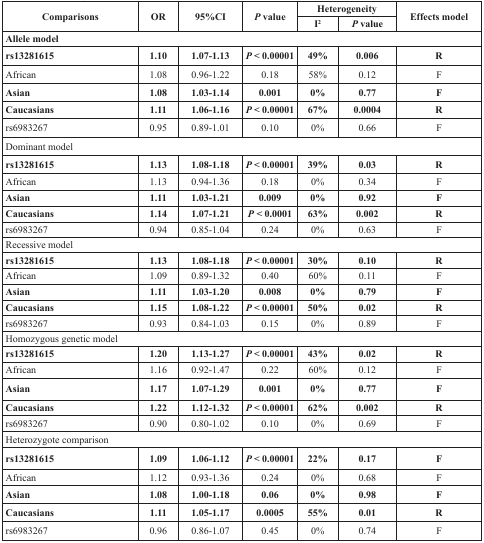
<table><thead><tr><td rowspan="2"><b>Comparisons</b></td><td rowspan="2"><b>OR</b></td><td rowspan="2"><b>95%CI</b></td><td rowspan="2"><b><i>P</i> value</b></td><td colspan="2"><b>Heterogeneity</b></td><td rowspan="2"><b>Effects model</b></td></tr><tr><td><b>I<sup>2</sup></b></td><td><b><i>P</i> value</b></td></tr></thead><tbody><tr><td colspan="7"><b>Allele model</b></td></tr><tr><td><b>rs13281615</b></td><td><b>1.10</b></td><td><b>1.07-1.13</b></td><td><b><i>P</i> &lt; 0.00001</b></td><td><b>49%</b></td><td><b>0.006</b></td><td><b>R</b></td></tr><tr><td>African</td><td>1.08</td><td>0.96-1.22</td><td>0.18</td><td>58%</td><td>0.12</td><td>F</td></tr><tr><td><b>Asian</b></td><td><b>1.08</b></td><td><b>1.03-1.14</b></td><td><b>0.001</b></td><td><b>0%</b></td><td><b>0.77</b></td><td><b>F</b></td></tr><tr><td><b>Caucasians</b></td><td><b>1.11</b></td><td><b>1.06-1.16</b></td><td><b><i>P</i> &lt; 0.00001</b></td><td><b>67%</b></td><td><b>0.0004</b></td><td><b>R</b></td></tr><tr><td>rs6983267</td><td>0.95</td><td>0.89-1.01</td><td>0.10</td><td>0%</td><td>0.66</td><td>F</td></tr><tr><td colspan="7">Dominant model</td></tr><tr><td><b>rs13281615</b></td><td><b>1.13</b></td><td><b>1.08-1.18</b></td><td><b><i>P</i> &lt; 0.00001</b></td><td><b>39%</b></td><td><b>0.03</b></td><td><b>R</b></td></tr><tr><td>African</td><td>1.13</td><td>0.94-1.36</td><td>0.18</td><td>0%</td><td>0.34</td><td>F</td></tr><tr><td><b>Asian</b></td><td><b>1.11</b></td><td><b>1.03-1.21</b></td><td><b>0.009</b></td><td><b>0%</b></td><td><b>0.92</b></td><td><b>F</b></td></tr><tr><td><b>Caucasians</b></td><td><b>1.14</b></td><td><b>1.07-1.21</b></td><td><b><i>P</i> &lt; 0.0001</b></td><td><b>63%</b></td><td><b>0.002</b></td><td><b>R</b></td></tr><tr><td>rs6983267</td><td>0.94</td><td>0.85-1.04</td><td>0.24</td><td>0%</td><td>0.63</td><td>F</td></tr><tr><td colspan="7">Recessive model</td></tr><tr><td><b>rs13281615</b></td><td><b>1.13</b></td><td><b>1.08-1.18</b></td><td><b><i>P</i> &lt; 0.00001</b></td><td><b>30%</b></td><td><b>0.10</b></td><td><b>R</b></td></tr><tr><td>African</td><td>1.09</td><td>0.89-1.32</td><td>0.40</td><td>60%</td><td>0.11</td><td>F</td></tr><tr><td><b>Asian</b></td><td><b>1.11</b></td><td><b>1.03-1.20</b></td><td><b>0.008</b></td><td><b>0%</b></td><td><b>0.79</b></td><td><b>F</b></td></tr><tr><td><b>Caucasians</b></td><td><b>1.15</b></td><td><b>1.08-1.22</b></td><td><b><i>P</i> &lt; 0.00001</b></td><td><b>50%</b></td><td><b>0.02</b></td><td><b>R</b></td></tr><tr><td>rs6983267</td><td>0.93</td><td>0.84-1.03</td><td>0.15</td><td>0%</td><td>0.89</td><td>F</td></tr><tr><td colspan="7">Homozygous genetic model</td></tr><tr><td><b>rs13281615</b></td><td><b>1.20</b></td><td><b>1.13-1.27</b></td><td><b><i>P</i> &lt; 0.00001</b></td><td><b>43%</b></td><td><b>0.02</b></td><td><b>R</b></td></tr><tr><td>African</td><td>1.16</td><td>0.92-1.47</td><td>0.22</td><td>60%</td><td>0.12</td><td>F</td></tr><tr><td><b>Asian</b></td><td><b>1.17</b></td><td><b>1.07-1.29</b></td><td><b>0.001</b></td><td><b>0%</b></td><td><b>0.77</b></td><td><b>F</b></td></tr><tr><td><b>Caucasians</b></td><td><b>1.22</b></td><td><b>1.12-1.32</b></td><td><b><i>P</i> &lt; 0.00001</b></td><td><b>62%</b></td><td><b>0.002</b></td><td><b>R</b></td></tr><tr><td>rs6983267</td><td>0.90</td><td>0.80-1.02</td><td>0.10</td><td>0%</td><td>0.69</td><td>F</td></tr><tr><td colspan="7">Heterozygote comparison</td></tr><tr><td><b>rs13281615</b></td><td><b>1.09</b></td><td><b>1.06-1.12</b></td><td><b><i>P</i> &lt; 0.00001</b></td><td><b>22%</b></td><td><b>0.17</b></td><td><b>F</b></td></tr><tr><td>African</td><td>1.12</td><td>0.93-1.36</td><td>0.24</td><td>0%</td><td>0.68</td><td>F</td></tr><tr><td><b>Asian</b></td><td><b>1.08</b></td><td><b>1.00-1.18</b></td><td><b>0.06</b></td><td><b>0%</b></td><td><b>0.98</b></td><td><b>F</b></td></tr><tr><td><b>Caucasians</b></td><td><b>1.11</b></td><td><b>1.05-1.17</b></td><td><b>0.0005</b></td><td><b>55%</b></td><td><b>0.01</b></td><td><b>R</b></td></tr><tr><td>rs6983267</td><td>0.96</td><td>0.86-1.07</td><td>0.45</td><td>0%</td><td>0.74</td><td>F</td></tr></tbody></table>